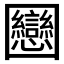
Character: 𡈻